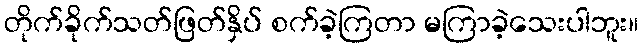
တိုက်ခိုက်သတ်ဖြတ်နှိပ် စက်ခဲ့ကြတာ မကြာခဲ့သေးပါဘူး။